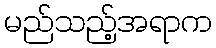
မည်သည့်အရာက